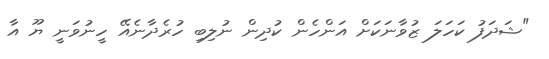
"ޝަދަފު ކަހަލަ ޒުވާނަކަށް އަންހެން ކުދިން ނުލިބި ހުރެދާނެއޭ ހީނުވަނީ ޔޫ އާ